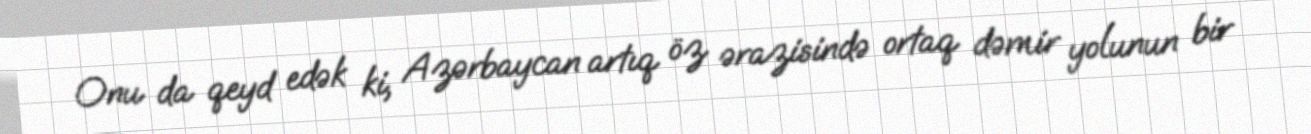
Onu da qeyd edək ki, Azərbaycan artıq öz ərazisində ortaq dəmir yolunun bir